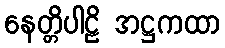
နေတ္တိပါဠိ အဋ္ဌကထာ